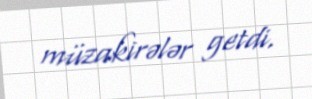
müzakirələr getdi.